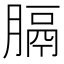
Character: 膈